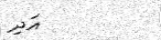
އަދި